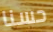
حسنا